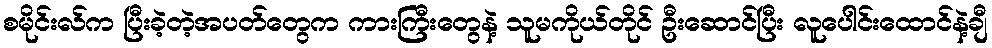
စမိုင်းလ်က ပြီးခဲ့တဲ့အပတ်တွေက ကားကြီးတွေနဲ့ သူမကိုယ်တိုင် ဦးဆောင်ပြီး လူပေါင်းထောင်နဲ့ချီ